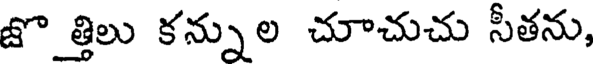
జొ త్తిలు కన్నుల చూచుచు సీతను,